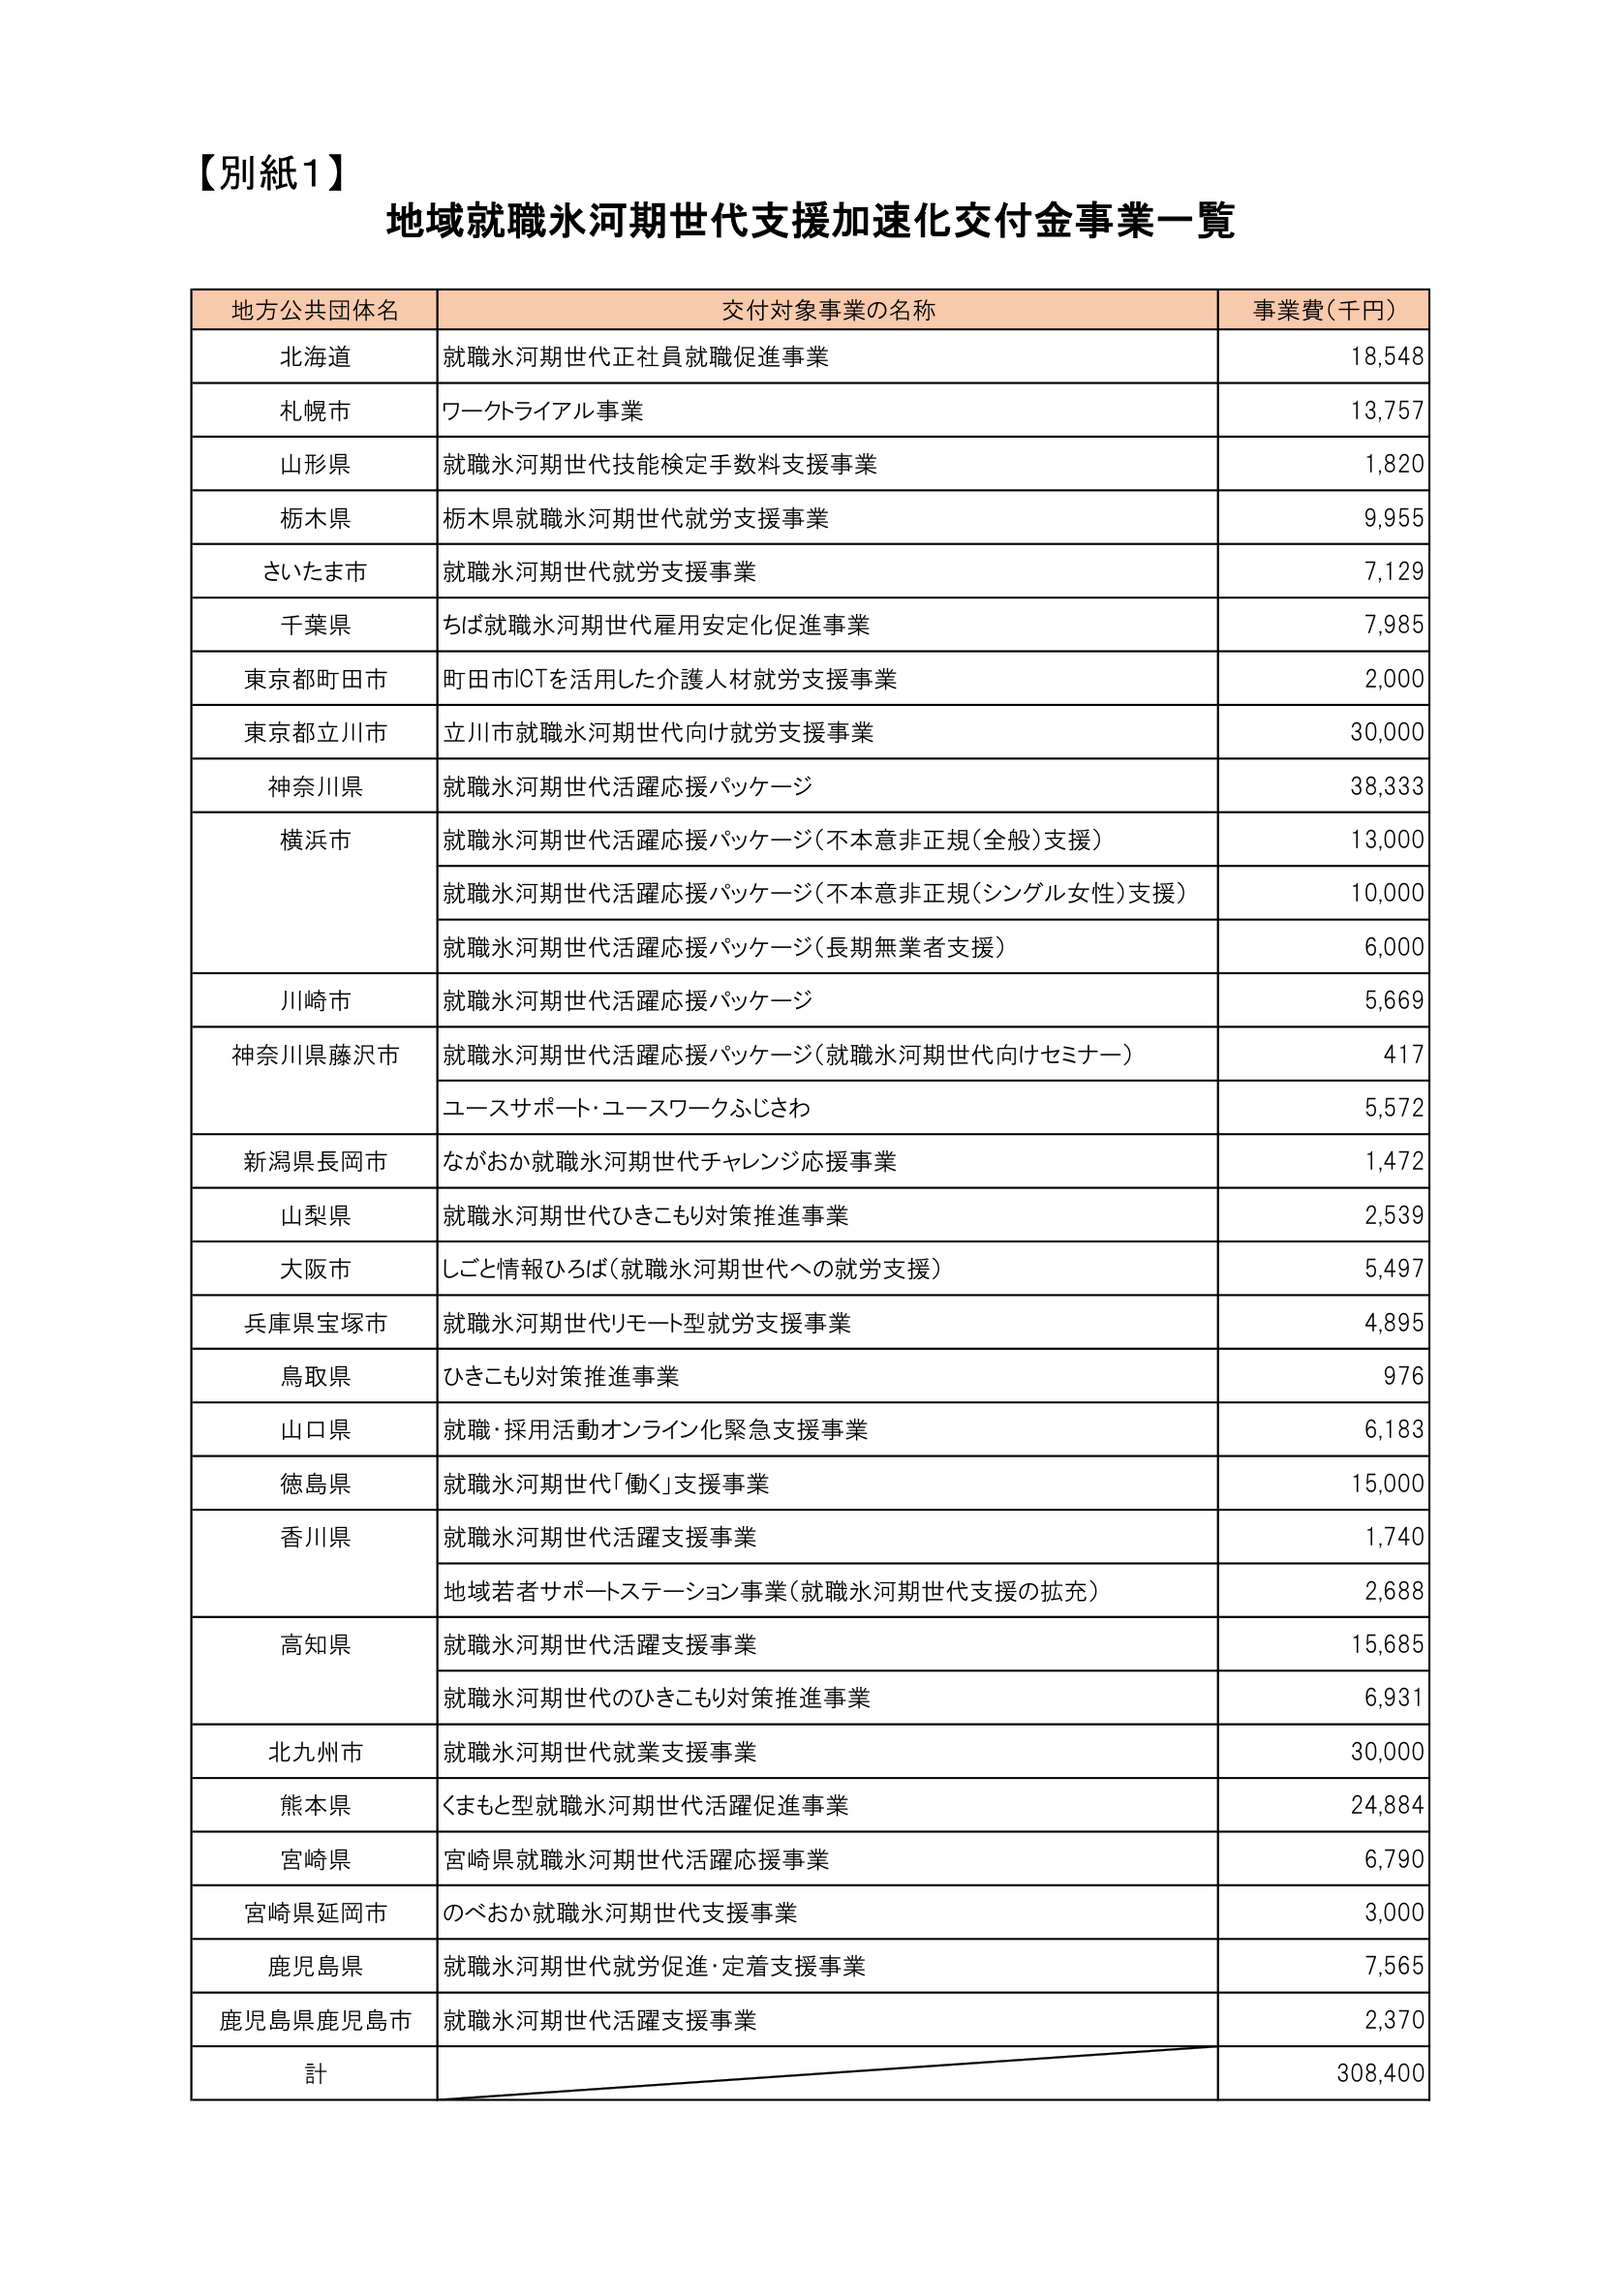
【別紙1】
地域就職氷河期世代支援加速化交付金事業一覧

地方公共団体名　　交付対象事業の名称　　事業費（千円）
北海道　　　　　就職氷河期世代正社員就職促進事業　　　　　18,548
札幌市　　　　　ワークトライアル事業　　　　　　　　　　13,757
山形県　　　　　就職氷河期世代技能検定手数料支援事業　　　1,820
栃木県　　　　　栃木県就職氷河期世代就労支援事業　　　　9,955
さいたま市　　　就職氷河期世代就労支援事業　　　　　　　7,129
千葉県　　　　　ちば就職氷河期世代雇用安定化促進事業　　　7,985
東京都町田市　　町田市ICTを活用した介護人材就労支援事業　　2,000
東京都立川市　　立川市就職氷河期世代向け就労支援事業　　　30,000
神奈川県　　　　就職氷河期世代活躍応援パッケージ　　　　　38,333
横浜市　　　　　就職氷河期世代活躍応援パッケージ（不本意非正規（全般）支援）　13,000
　　　　　　　　就職氷河期世代活躍応援パッケージ（不本意非正規（シングル女性）支援）　10,000
　　　　　　　　就職氷河期世代活躍応援パッケージ（長期無業者支援）　6,000
川崎市　　　　　就職氷河期世代活躍応援パッケージ　　　　　5,669
神奈川県藤沢市　就職氷河期世代活躍応援パッケージ（就職氷河期世代向けセミナー）　417
　　　　　　　　ユースサポート・ユースワークふじさわ　　　5,572
新潟県長岡市　　ながおか就職氷河期世代チャレンジ応援事業　　1,472
山梨県　　　　　就職氷河期世代ひきこもり対策推進事業　　　2,539
大阪市　　　　　しごと情報ひろば（就職氷河期世代への就労支援）　5,497
兵庫県宝塚市　　就職氷河期世代リモート型就労支援事業　　　4,895
鳥取県　　　　　ひきこもり対策推進事業　　　　　　　　　　976
山口県　　　　　就職・採用活動オンライン化緊急支援事業　　6,183
徳島県　　　　　就職氷河期世代「働く」支援事業　　　　　　15,000
香川県　　　　　就職氷河期世代活躍支援事業　　　　　　　　1,740
　　　　　　　　地域若者サポートステーション事業（就職氷河期世代支援の拡充）　2,688
高知県　　　　　就職氷河期世代活躍支援事業　　　　　　　　15,685
　　　　　　　　就職氷河期世代のひきこもり対策推進事業　　6,931
北九州市　　　　就職氷河期世代就業支援事業　　　　　　　　30,000
熊本県　　　　　くまもと型就職氷河期世代活躍促進事業　　　24,884
宮崎県　　　　　宮崎県就職氷河期世代活躍応援事業　　　　　6,790
宮崎県延岡市　　のべおか就職氷河期世代支援事業　　　　　　3,000
鹿児島県　　　　就職氷河期世代就労促進・定着支援事業　　　7,565
鹿児島県鹿児島市　就職氷河期世代活躍支援事業　　　　　　　2,370
計　　　　　　　　　　　　　　　　　　　　　　　　　　308,400